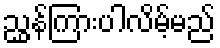
ညွှန်ကြားပါလိမ့်မည်